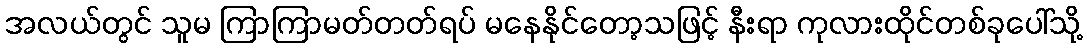
အလယ်တွင် သူမ ကြာကြာမတ်တတ်ရပ် မနေနိုင်တော့သဖြင့် နီးရာ ကုလားထိုင်တစ်ခုပေါ်သို့